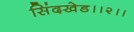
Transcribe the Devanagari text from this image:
सिंदखेड।।२।।